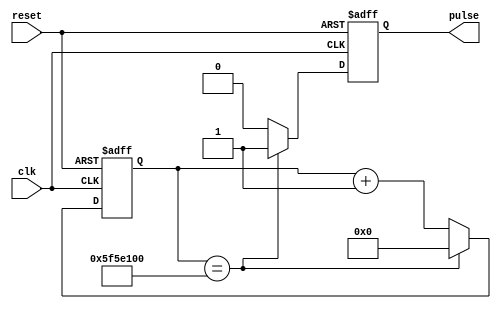
`timescale 1ns / 1ps
//////////////////////////////////////////////////////////////////////////////////
// This is the code that generates a pulse for a single cycle every "distance"
// cycles. Note that "distance" * clk period = 1 sec
//////////////////////////////////////////////////////////////////////////////////
module GrayCounter_Pulse(clk, reset, pulse);
input wire clk, reset;
output reg pulse;

parameter distance = 100000000;// How much for 1 Hz when clk period is 10 ns? ==>  (10^8) 10 million cc
reg [26:0]counter;

always @(posedge clk or posedge reset) begin
	if (reset == 1'b1) begin
		// Your code for asynchronous reset goes here
		counter <= 27'd0; 	//reset counter
		pulse 	<= 1'b0;		//reset pulse
	end
	else begin
			// and for regular functionality goes here
			if (counter == distance) begin		//on the 10millionth cycle make pulse 1 and reset counter
				pulse 	<= 1'b1;
				counter <= 27'd0;
			end
			else begin							//keep it at 0 otherwise nad increase counter
				pulse 	<= 1'b0;
				counter <= counter + 27'd1;
			end
	end
end

endmodule